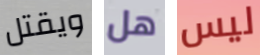
ويقتل هل ليس